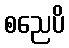
စညေပိ